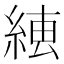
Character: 𦁆